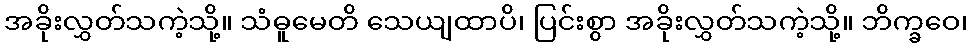
အခိုးလွှတ်သကဲ့သို့။ သံဓူမေတိ သေယျထာပိ၊ ပြင်းစွာ အခိုးလွှတ်သကဲ့သို့။ ဘိက္ခဝေ၊